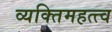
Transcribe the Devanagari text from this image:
व्यक्‍तिमहत्त्व